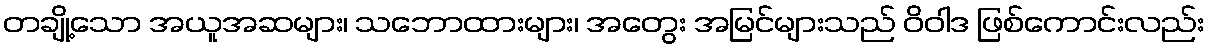
တချို့သော အယူအဆများ၊ သဘောထားများ၊ အတွေး အမြင်များသည် ဝိဝါဒ ဖြစ်ကောင်းလည်း